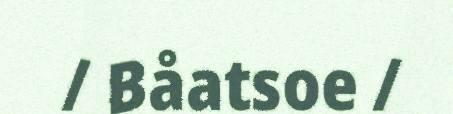
/ Båatsoe /